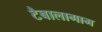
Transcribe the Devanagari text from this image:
टैबालागाम